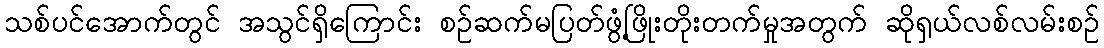
သစ်ပင်အောက်တွင် အသွင်ရှိကြောင်း စဉ်ဆက်မပြတ်ဖွံ့ဖြိုးတိုးတက်မှုအတွက် ဆိုရှယ်လစ်လမ်းစဉ်